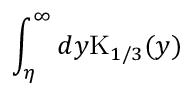
\int _ { \eta } ^ { \infty } { d y \mathrm { K } _ { 1 / 3 } ( y ) }